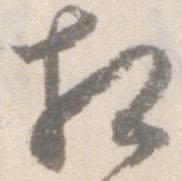
相